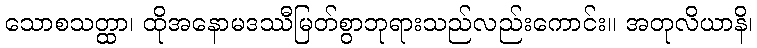
သောစသတ္ထာ၊ ထိုအနောမဒဿီမြတ်စွာဘုရားသည်လည်းကောင်း။ အတုလိယာနိ၊